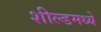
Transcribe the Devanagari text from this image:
शील्डमध्ये